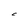
Character: C